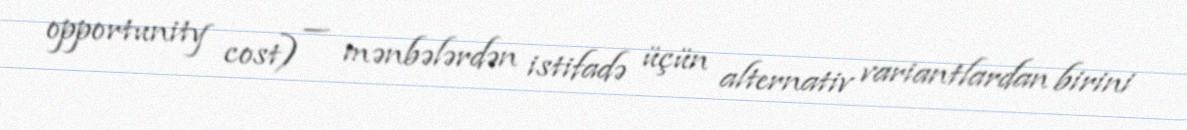
opportunity cost) — mənbələrdən istifadə üçün alternativ variantlardan birini